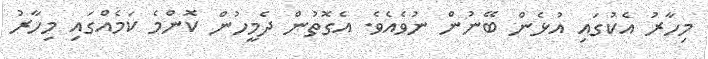
މިހާރު އެކުގައި އުޅެން ބޭނުން ނުވެއެވެ. އެގޮތުން ދެމީހުން ކޮންމެ ކަމެއްގައި މިހާރު